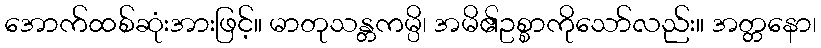
အောက်ထစ်ဆုံးအားဖြင့်။ မာတုသန္တကမ္ပိ၊ အမိ၏ဥစ္စာကိုသော်လည်း။ အတ္တနော၊